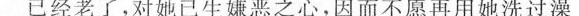
已经老了，对她已生嫌恶之心,因而不愿再用她洗过澡